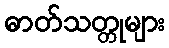
ဓာတ်သတ္တုများ